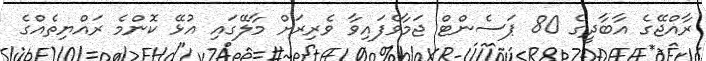
ރާއްޖޭގެ އާބާދީގެ 80 ޕަސެންޓް ޖަމާވެފައިވާ ވެރިރަށް މާލޭގައި އުޅޭ ކޮންމެ ރައްޔިތެއްގެ